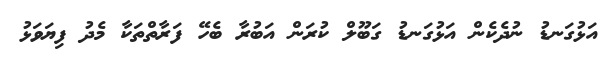
އަޅުގަނޑު ނުދެކެން އަޅުގަނޑު ގަބޫލް ކުރަން އަބުރާ ބެހޭ ފަރާތްތަކާ މެދު ފިޔަވަޅު